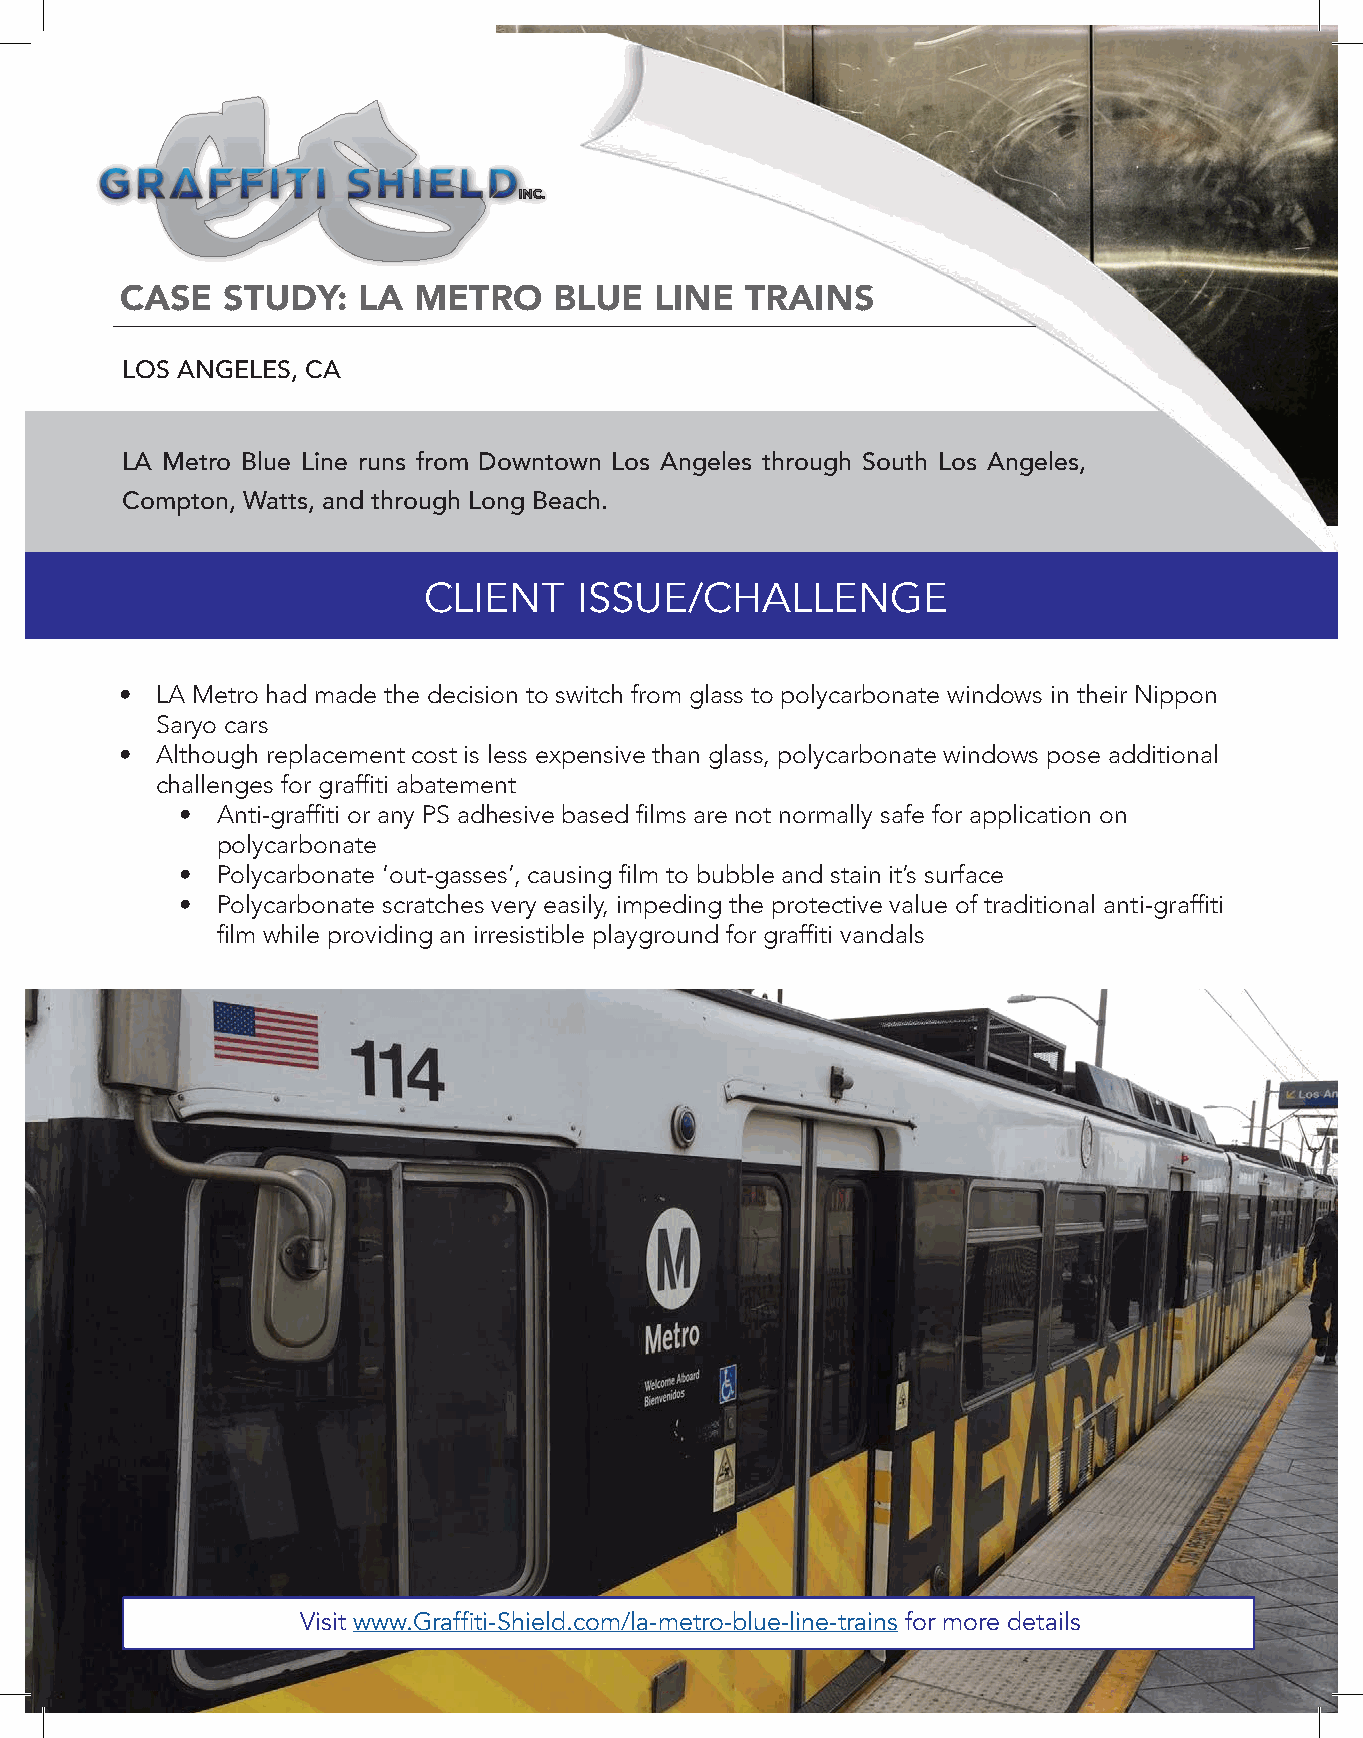
CASE   STUDY:   LA METRO     BLUE  LINE  TRAINS
 LOS ANGELES, CA
 LA Metro Blue Line runs from Downtown Los Angeles through South Los Angeles,
 Compton, Watts, and through Long Beach.
 CLIENT    ISSUE/CHALLENGE
 • LA Metro had made the decision to switch from glass to polycarbonate windows in their Nippon
 Saryo cars
 • Although replacement cost is less expensive than glass, polycarbonate windows pose additional
 challenges for graffiti abatement
 • Anti-graffiti or any PS adhesive based films are not normally safe for application on
 polycarbonate
 • Polycarbonate ‘out-gasses’, causing film to bubble and stain it’s surface
 • Polycarbonate scratches very easily, impeding the protective value of traditional anti-graffiti
 film while providing an irresistible playground for graffiti vandals
 Visit www.Graffiti-Shield.com/la-metro-blue-line-trains for more details